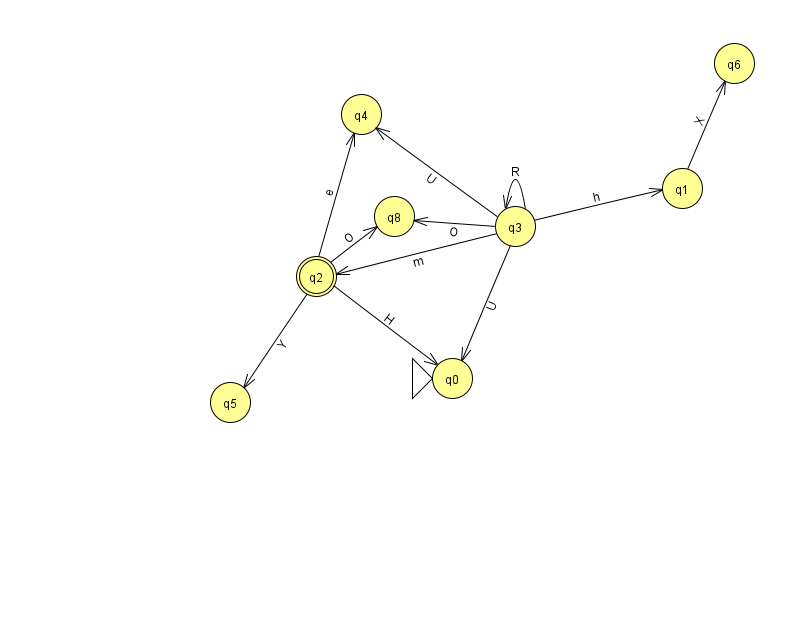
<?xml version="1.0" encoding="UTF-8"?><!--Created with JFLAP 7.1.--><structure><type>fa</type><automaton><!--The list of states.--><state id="0" name="q0"><x>452.0</x><y>365.0</y><initial/></state><state id="1" name="q1"><x>682.0</x><y>175.0</y></state><state id="2" name="q2"><x>316.0</x><y>263.0</y><final/></state><state id="3" name="q3"><x>515.0</x><y>213.0</y></state><state id="4" name="q4"><x>361.0</x><y>101.0</y></state><state id="5" name="q5"><x>230.0</x><y>389.0</y></state><state id="6" name="q6"><x>734.0</x><y>50.0</y></state><state id="8" name="q8"><x>394.0</x><y>203.0</y></state><!--The list of transitions.--><transition><from>3</from><to>3</to><read>R</read></transition><transition><from>2</from><to>0</to><read>H</read></transition><transition><from>2</from><to>8</to><read>O</read></transition><transition><from>3</from><to>8</to><read>O</read></transition><transition><from>2</from><to>4</to><read>e</read></transition><transition><from>3</from><to>4</to><read>U</read></transition><transition><from>2</from><to>5</to><read>Y</read></transition><transition><from>3</from><to>1</to><read>h</read></transition><transition><from>3</from><to>2</to><read>m</read></transition><transition><from>3</from><to>0</to><read>U</read></transition><transition><from>1</from><to>6</to><read>X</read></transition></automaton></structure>